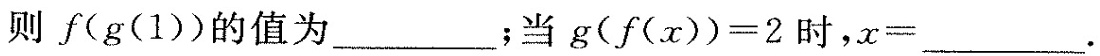
则f(g(1))的值为___；当$$g(f(x))=2$$时，$$x=___$$.